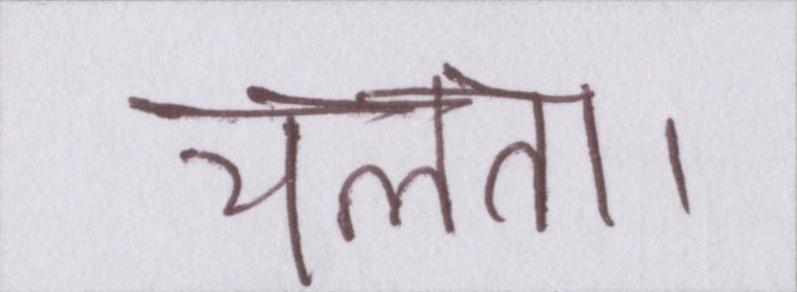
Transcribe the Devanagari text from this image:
चलता।